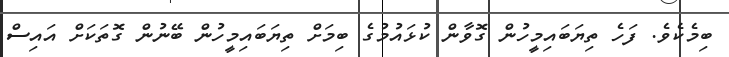
ބިމެކެވެ. ފަހެ ތިޔަބައިމީހުން ގޮވާން ކުޅައުމުގެ ބިމަށް ތިޔަބައިމީހުން ބޭނުން ގޮތަކަށް އައިސް